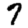
Digit: 7